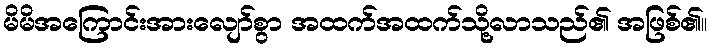
မိမိအကြောင်းအားလျော်စွာ အထက်အထက်သို့လာသည်၏ အဖြစ်၏။